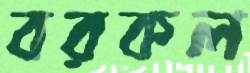
বরকল